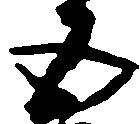
五